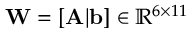
\mathbf { W } = [ \mathbf { A } | \mathbf { b } ] \in \mathbb { R } ^ { 6 \times 1 1 }